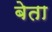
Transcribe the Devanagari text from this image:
बेता